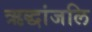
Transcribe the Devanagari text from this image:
ऋद्धांजलि